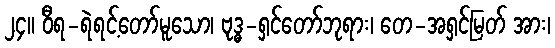
၂၄။ ဝီရ-ရဲရင့်တော်မူသော၊ ဗုဒ္ဓ-ရှင်တော်ဘုရား၊ တေ-အရှင်မြတ် အား၊